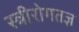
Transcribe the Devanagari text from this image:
स्त्रीरोगतज्ञ